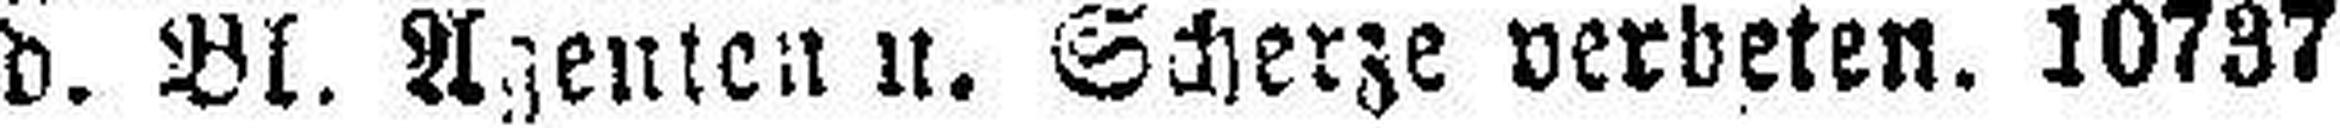
d. Bl. Agenten u. Scherze verbeten. 10737